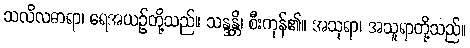
သလိလဓာရာ၊ ရေအယဉ်တို့သည်။ သန္ဒန္တိ၊ စီးကုန်၏။ အသုရာ၊ အသူရာတို့သည်။